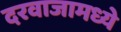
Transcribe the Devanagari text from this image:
दरवाजामध्ये